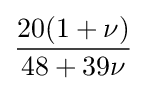
{\frac {20(1+\nu )}{48+39\nu }}